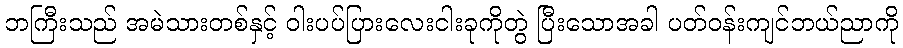
ဘကြီးသည် အမဲသားတစ်နှင့် ဝါးပပ်ပြားလေးငါးခုကိုတွဲ ပြီးသောအခါ ပတ်ဝန်းကျင်ဘယ်ညာကို